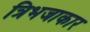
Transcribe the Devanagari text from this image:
त्रिभजाकार